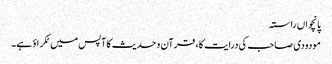
پانچواں راستہ
مودودی صاحب کی درایت کا ، قرآن و حدیث کا آپس میں ٹکراؤ ہے۔